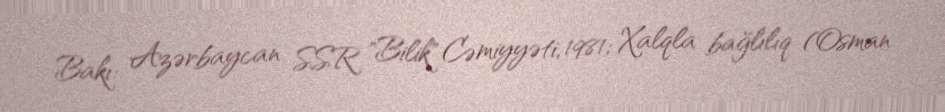
Bakı: Azərbaycan SSR "Bilik" Cəmiyyəti, 1981; Xalqla bağlılıq (Osman